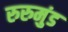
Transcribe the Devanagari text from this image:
रुरुमुंड